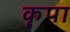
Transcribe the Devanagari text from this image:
कॄपा